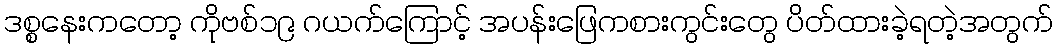
ဒစ္စနေးကတော့ ကိုဗစ်၁၉ ဂယက်ကြောင့် အပန်းဖြေကစားကွင်းတွေ ပိတ်ထားခဲ့ရတဲ့အတွက်